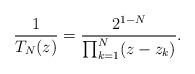
LaTeX: \begin{align*}\frac{1}{T_{N}(z)} = \frac{2^{1-N}}{\prod_{k=1}^{N} ( z - z_{k})}.\end{align*}